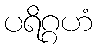
ပရိဂ္ဂဟံ